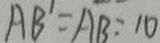
A B ^ { \prime } = A B = 1 0